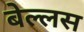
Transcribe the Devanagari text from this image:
बेल्लस